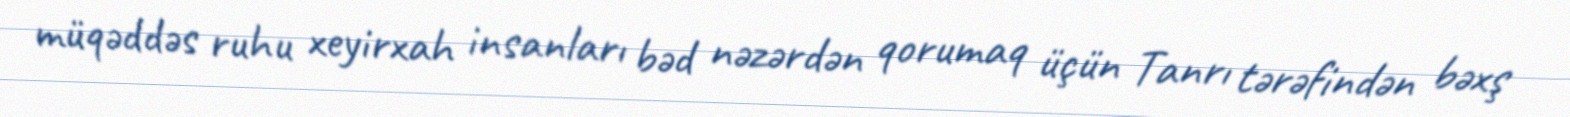
müqəddəs ruhu xeyirxah insanları bəd nəzərdən qorumaq üçün Tanrı tərəfindən bəxş